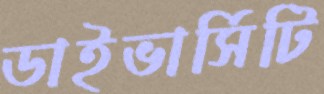
ডাইভার্সিটি